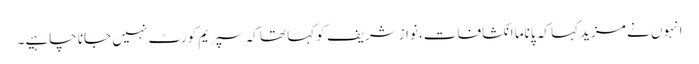
انہوں نے مزید کہا کہ پاناما انکشافات، نوازشریف کو کہا تھا کہ سپریم کورٹ نہیں جانا چاہیے۔